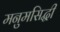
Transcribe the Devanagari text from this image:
मनुमसिद्धी